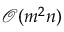
\mathcal { O } ( { m ^ { 2 } n } )